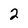
Character: 2